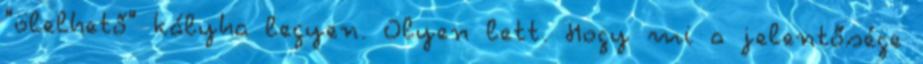
"ölelhető" kályha legyen. Olyen lett. Hogy mi a jelentősége